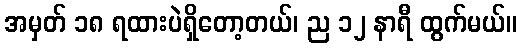
အမှတ် ၁၈ ရထားပဲရှိတော့တယ်၊ ည ၁၂ နာရီ ထွက်မယ်။